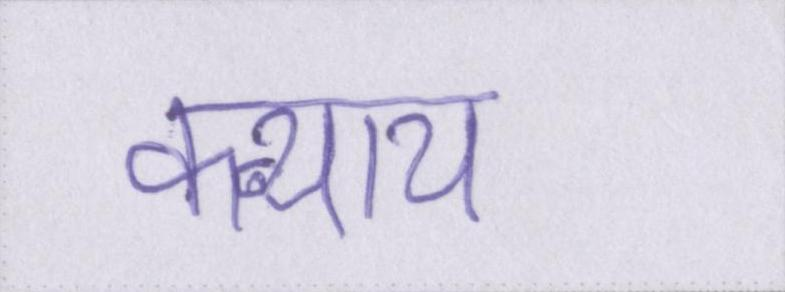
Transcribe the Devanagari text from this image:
कन्याय